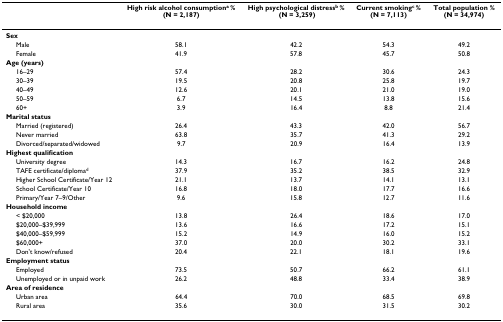
<table><thead><tr><td></td><td><b>High risk alcohol consumption<sup>a </sup>% (N = 2,187)</b></td><td><b>High psychological distress<sup>b </sup>% (N = 3,259)</b></td><td><b>Current smoking<sup>c </sup>% (N = 7,113)</b></td><td><b>Total population % (N = 34,974)</b></td></tr></thead><tbody><tr><td><b>Sex</b></td><td></td><td></td><td></td><td></td></tr><tr><td> Male</td><td>58.1</td><td>42.2</td><td>54.3</td><td>49.2</td></tr><tr><td> Female</td><td>41.9</td><td>57.8</td><td>45.7</td><td>50.8</td></tr><tr><td><b>Age (years)</b></td><td></td><td></td><td></td><td></td></tr><tr><td> 16–29</td><td>57.4</td><td>28.2</td><td>30.6</td><td>24.3</td></tr><tr><td> 30–39</td><td>19.5</td><td>20.8</td><td>25.8</td><td>19.7</td></tr><tr><td> 40–49</td><td>12.6</td><td>20.1</td><td>21.0</td><td>19.0</td></tr><tr><td> 50–59</td><td>6.7</td><td>14.5</td><td>13.8</td><td>15.6</td></tr><tr><td> 60+</td><td>3.9</td><td>16.4</td><td>8.8</td><td>21.4</td></tr><tr><td><b>Marital status</b></td><td></td><td></td><td></td><td></td></tr><tr><td> Married (registered)</td><td>26.4</td><td>43.3</td><td>42.0</td><td>56.7</td></tr><tr><td> Never married</td><td>63.8</td><td>35.7</td><td>41.3</td><td>29.2</td></tr><tr><td> Divorced/separated/widowed</td><td>9.7</td><td>20.9</td><td>16.4</td><td>13.9</td></tr><tr><td><b>Highest qualification</b></td><td></td><td></td><td></td><td></td></tr><tr><td> University degree</td><td>14.3</td><td>16.7</td><td>16.2</td><td>24.8</td></tr><tr><td> TAFE certificate/diploma<sup>d</sup></td><td>37.9</td><td>35.2</td><td>38.5</td><td>32.9</td></tr><tr><td> Higher School Certificate/Year 12</td><td>21.1</td><td>13.7</td><td>14.1</td><td>13.1</td></tr><tr><td> School Certificate/Year 10</td><td>16.8</td><td>18.0</td><td>17.7</td><td>16.6</td></tr><tr><td> Primary/Year 7–9/Other</td><td>9.6</td><td>15.8</td><td>12.7</td><td>11.6</td></tr><tr><td><b>Household income</b></td><td></td><td></td><td></td><td></td></tr><tr><td> &lt; $20,000</td><td>13.8</td><td>26.4</td><td>18.6</td><td>17.0</td></tr><tr><td> $20,000–$39,999</td><td>13.6</td><td>16.6</td><td>17.2</td><td>15.1</td></tr><tr><td> $40,000–$59,999</td><td>15.2</td><td>14.9</td><td>16.0</td><td>15.2</td></tr><tr><td> $60,000+</td><td>37.0</td><td>20.0</td><td>30.2</td><td>33.1</td></tr><tr><td> Don&#x27;t know/refused</td><td>20.4</td><td>22.1</td><td>18.1</td><td>19.6</td></tr><tr><td><b>Employment status</b></td><td></td><td></td><td></td><td></td></tr><tr><td> Employed</td><td>73.5</td><td>50.7</td><td>66.2</td><td>61.1</td></tr><tr><td> Unemployed or in unpaid work</td><td>26.2</td><td>48.8</td><td>33.4</td><td>38.9</td></tr><tr><td><b>Area of residence</b></td><td></td><td></td><td></td><td></td></tr><tr><td> Urban area</td><td>64.4</td><td>70.0</td><td>68.5</td><td>69.8</td></tr><tr><td> Rural area</td><td>35.6</td><td>30.0</td><td>31.5</td><td>30.2</td></tr></tbody></table>